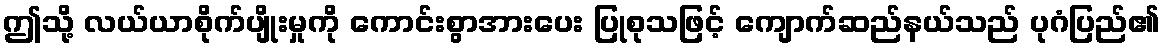
ဤသို့ လယ်ယာစိုက်ပျိုးမှုကို ကောင်းစွာအားပေး ပြုစုသဖြင့် ကျောက်ဆည်နယ်သည် ပုဂံပြည်၏